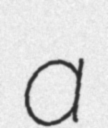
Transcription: a